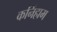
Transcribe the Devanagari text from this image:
कनिंहाम